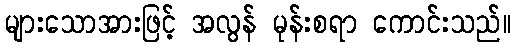
များသောအားဖြင့် အလွန် မုန်းစရာ ကောင်းသည်။